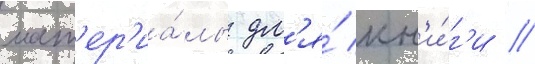
мат'ер'иа́лы дл'я́ кн'и́г'и /